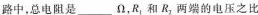
路中，总电阻是___Ω，R，和R，两端的电压之比